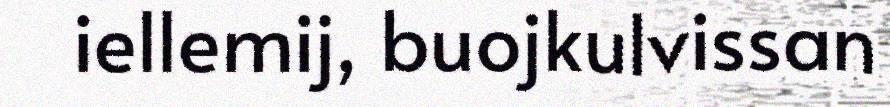
iellemij, buojkulvissan